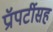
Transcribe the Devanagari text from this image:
प्रॉपर्टीसह